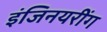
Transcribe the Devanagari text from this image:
इंजिनयरींग